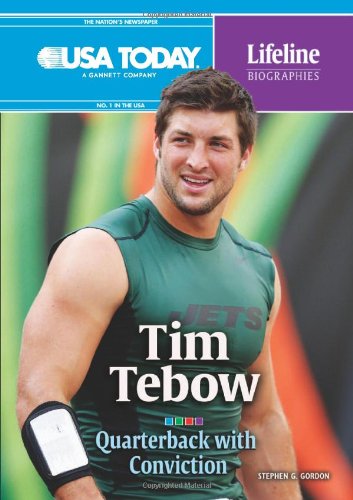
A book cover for Tim Tebow: Quarterback With Conviction (USA Today Lifeline Biographies); Stephen G. Gordon; Teen & Young Adult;